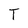
Character: T